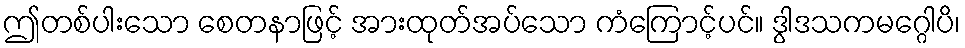
ဤတစ်ပါးသော စေတနာဖြင့် အားထုတ်အပ်သော ကံကြောင့်ပင်။ ဒွါဒသကမဂ္ဂေါပိ၊